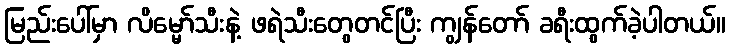
မြည်းပေါ်မှာ လိမ္မော်သီးနဲ့ ဖရဲသီးတွေတင်ပြီး ကျွန်တော် ခရီးထွက်ခဲ့ပါတယ်။